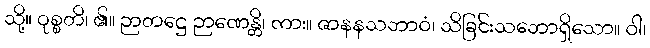
သို့။ ဝုစ္စတိ၊ ၏။ ဉာတဋ္ဌေ ဉာဏေန္တိ၊ ကား။ ဇာနနသဘာဝံ၊ သိခြင်းသဘောရှိသော။ ဝါ၊